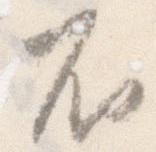
不